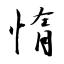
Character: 惰